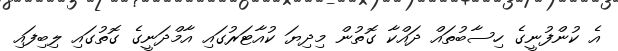
އެ ކުންފުނީގެ ހިސާބުތައް ދައްކާ ގޮތުން މިދިޔަ ކުއާޓަރުގައި އާމްދަނީގެ ގޮތުގައި ލިބިފައި